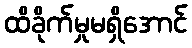
ထိခိုက်မှုမရှိအောင်